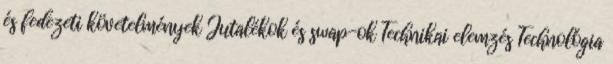
és fedezeti követelmények Jutalékok és swap-ok Technikai elemzés Technológia